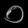
Digit: ၀